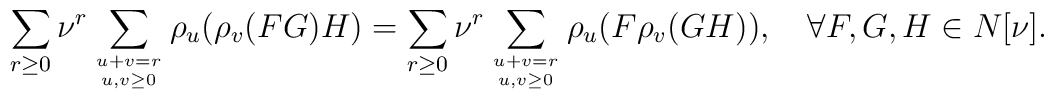
\sum_{r\geq0}\nu^r\sum_{u+v=r\atop u,v\geq0}\rho_u(\rho_v(FG)H)=\sum_{r\geq0}\nu^r\sum_{u+v=r\atop u,v\geq0}\rho_u(F\rho_v(GH)),\quad\forall F,G,H\in N[\nu].